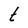
Character: t